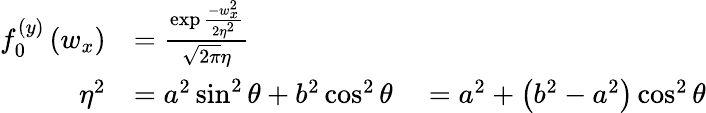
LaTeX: \begin{array}{rl}{f_{0}^{(y)}\left(w_{x}\right)}&{=\frac{\exp\frac{-w_{x}^{2}}{2\eta^{2}}}{\sqrt{2\pi}\eta}}\\ {\eta^{2}}&{=a^{2}\sin^{2}\theta+b^{2}\cos^{2}\theta\quad=a^{2}+\left(b^{2}-a^{2}\right)\cos^{2}\theta}\end{array}